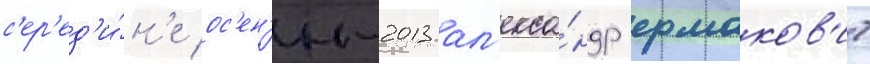
с'ер'ед'и́н'е ос'ен'и-2013 ал'екса́ндр ермаков'ич